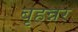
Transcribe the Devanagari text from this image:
बृहन्नर